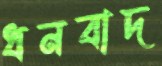
ধনবাদ